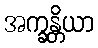
အက္ခန္တိယာ